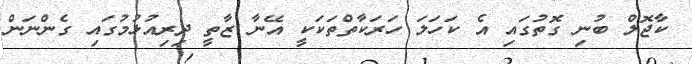
ކާޖޮލް ބުނި ގޮތުގައި އެ ކަހަލަ ހަރަކާތްތަކަކީ އޭނާ ޒާތީ ދިރިއުޅުމުގައި ގެންނަން